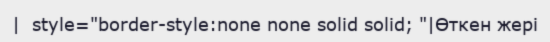
|  style="border-style:none none solid solid; "|Өткен жері